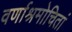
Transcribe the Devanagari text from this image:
वर्णाश्रमोचितां